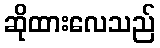
ဆိုထားလေသည်